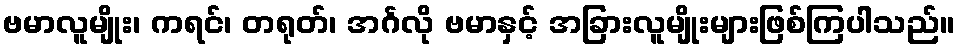
ဗမာလူမျိုး၊ ကရင်၊ တရုတ်၊ အင်္ဂလို ဗမာနှင့် အခြားလူမျိုးများဖြစ်ကြပါသည်။